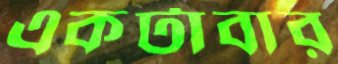
একটাবার